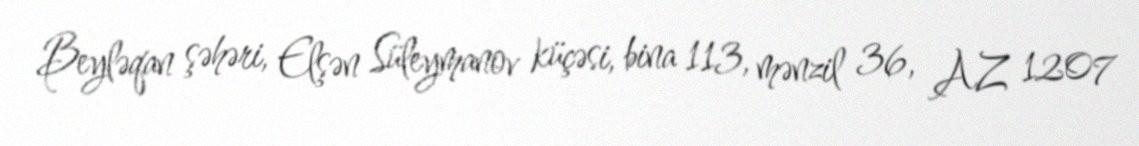
Beyləqan şəhəri, Elşən Süleymanov küçəsi, bina 113, mənzil 36, AZ 1207